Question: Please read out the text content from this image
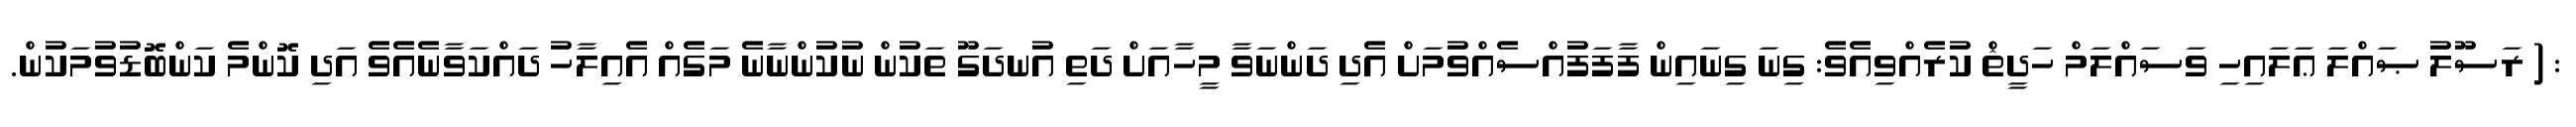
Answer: : ( ރަސޫލު ޞައްލަ ޢަލައިހި ވަސައްލަމް ހަދީޘް ކުރެއްވިއެވެ: ގިނަ ގިނައިން ފާފަފުއްސެއްވުމަށް އެދި ދަންނަވާ މީހާއަށް ދަތި އުނދަގޫ ތަކުން ނުކުންނާނެ މަގެއް އެއިލާހު ދައްކަވާނެއެވެ އަދި ކޮންމެ ކަންބޮޑުވުމަކުން.